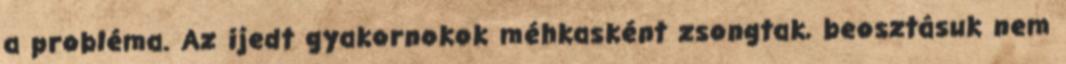
a probléma. Az ijedt gyakornokok méhkasként zsongtak, beosztásuk nem